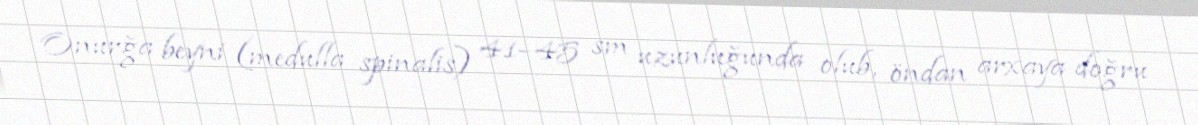
Onurğa beyni (medulla spinalis) 41–45 sm uzunluğunda olub, öndan arxaya doğru